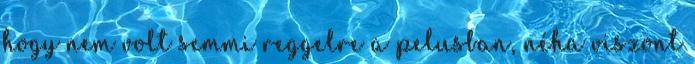
hogy nem volt semmi reggelre a pelusban, néha viszont